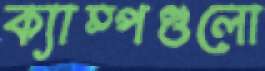
ক্যাম্পগুলো